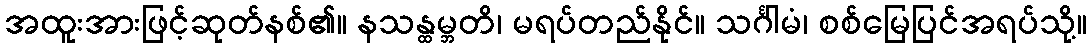
အထူးအားဖြင့်ဆုတ်နစ်၏။ နသန္ထမ္ဘတိ၊ မရပ်တည်နိုင်။ သင်္ဂါမံ၊ စစ်မြေပြင်အရပ်သို့။